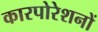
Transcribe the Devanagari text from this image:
कारपोरेशनों